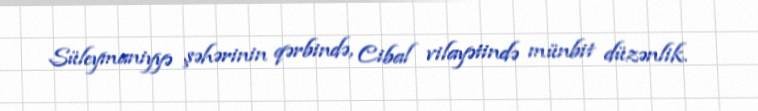
Süleymaniyyə şəhərinin qərbində, Cibal vilayətində münbit düzənlik.